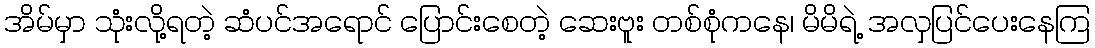
အိမ်မှာ သုံးလို့ရတဲ့ ဆံပင်အရောင် ပြောင်းစေတဲ့ ဆေးဗူး တစ်စုံကနေ၊ မိမိရဲ့ အလှပြင်ပေးနေကြ